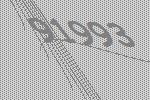
91993